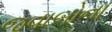
જવાબોના